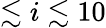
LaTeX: \lesssim i\lesssim 10